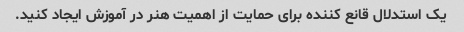
یک استدلال قانع کننده برای حمایت از اهمیت هنر در آموزش ایجاد کنید.